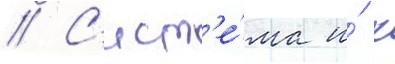
// С'ист'е́ма и́ х